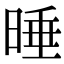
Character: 𣇦